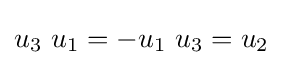
u_{3}\ u_{1}=-u_{1}\ u_{3}=u_{2}~